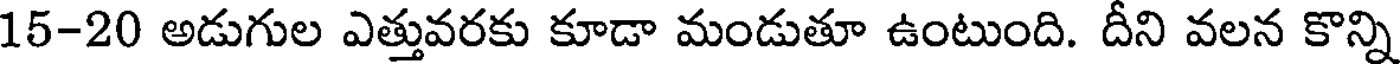
15-20 అడుగుల ఎత్తువరకు కూడా మండుతూ ఉంటుంది. దీని వలన కొన్ని